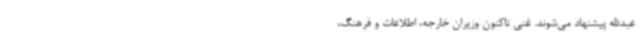
عبدالله پیشنهاد می‌شوند. غنی تاکنون وزیران خارجه، اطلاعات و فرهنگ،